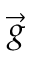
\vec { g }